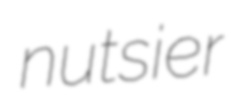
nutsier